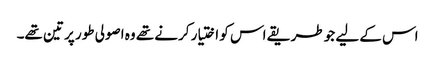
اس کے لیے جو طریقے اس کو اختیار کرنے تھے وہ اصولی طور پر تین تھے۔